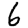
Digit: 6